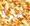
مرة